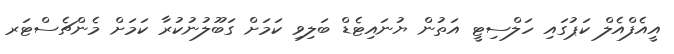
އީއެފްއެލް ކަޕުގައި ހަލްސިޓީ އަތުން ޔުނައިޓެޑް ބަލިވި ކަމަށް ގަބޫލުނުކުރާ ކަމަށް މެންޗެސްޓަރ